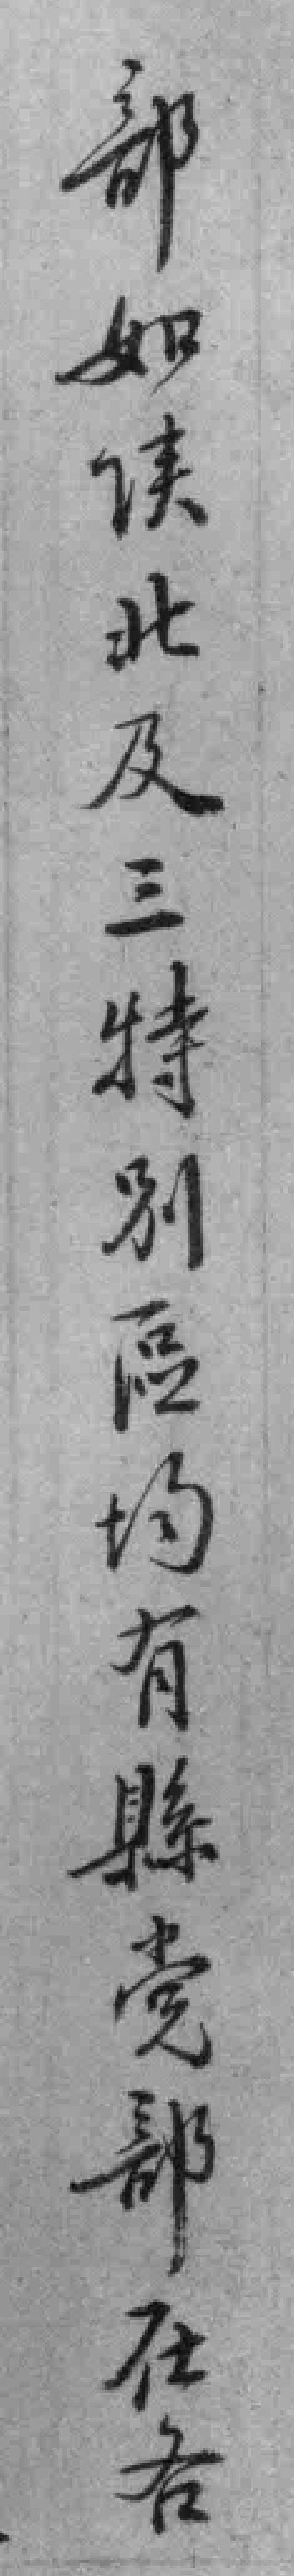
部如陕北及三特別區均有縣党部在各